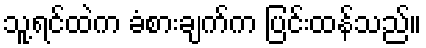
သူ့ရင်ထဲက ခံစားချက်က ပြင်းထန်သည်။